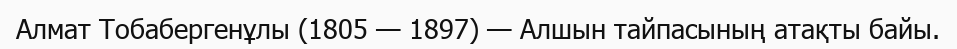
Алмат Тобабергенұлы (1805 — 1897) — Алшын тайпасының атақты байы.